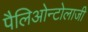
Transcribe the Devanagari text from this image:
पैलिओन्टोलाजी